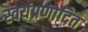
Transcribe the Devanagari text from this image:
स्वयंप्रणोदित